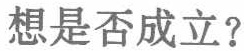
想是否成立？